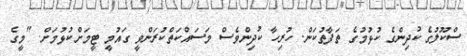
ސްކޫލުގެ ކުދިންގެ ކުޅުމުގެ ތަފާތުކަން. ހުރިހާ ކުދިންވެސް މަސައްކަތްކުރަންވީ ގައުމީ ޓީމަށްކުޅުމަށް. "މީގެ